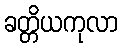
ခတ္တိယကုလာ